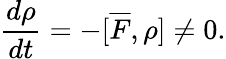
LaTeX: \frac{d\rho}{dt}=-[\overline{{F}},\rho]\neq 0.